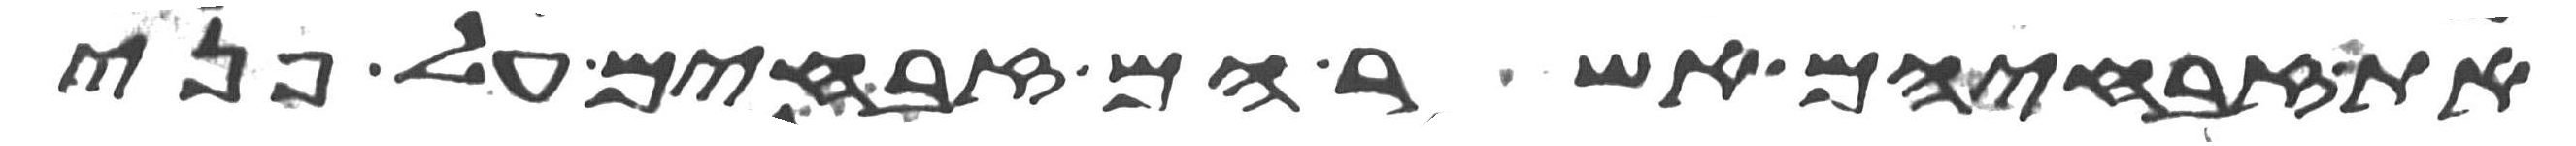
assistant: את זבחיהם אשר הם זבחים על פני